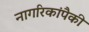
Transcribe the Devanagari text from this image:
नागरिकांपैकी